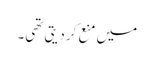
میں منع کردیتی تھی۔